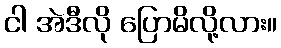
ငါ အဲဒီလို ပြောမိလို့လား။